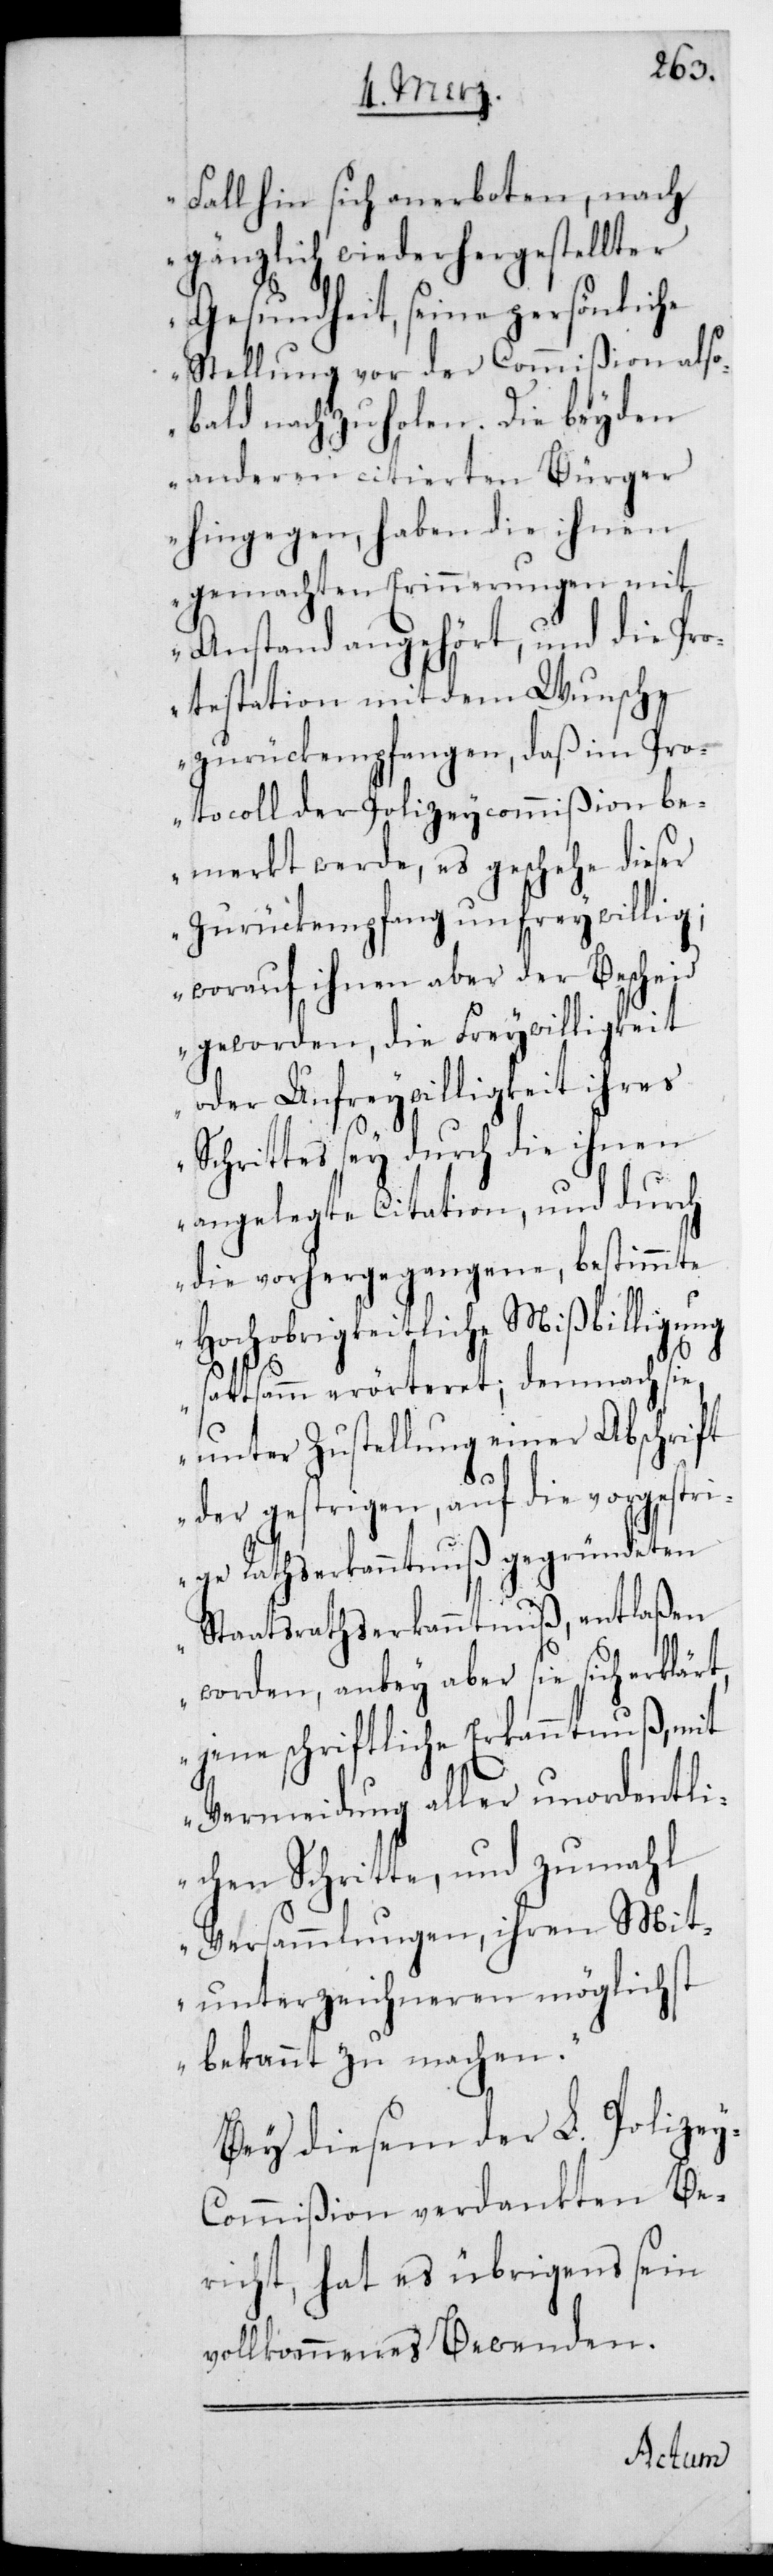
Fall hin sich anerboten, nach
gänzlich wiederhergestellter
Gesundheit, seine persönliche
Stellung vor der Commißion also¬
bald nachzuholen. Die beyden
anderen citierten Bürger
hingegen haben die ihnen
gemachten Erinnerungen mit
Anstand angehört, und die Pro¬
testation mit dem Wunsche
zurückempfangen, daß im Pro¬
tocoll der Polizey-Commißion be¬
merkt werde, es geschehe dieser
Zurückempfang unfreywillig;
worauf ihnen aber der Bescheid
geworden, die Freywilligkeit
oder Unfreywilligkeit ihres
Schrittes sey durch die ihnen
angelegte Citation, und durch
die vorhergegangene, bestimmte
Hochobrigkeitliche Mißbilligung
sattsam erörteret, demnach sie,
unter Zustellung einer Abschrift
der gestrigen, auf die vorgestri¬
ge Rathserkanntnuß gegründeten
Staatsrathserkanntnuß, entlaßen
worden, anbey aber sie sich erklär¬
jene schriftliche Erkanntnuß mit
Vermeidung aller unordentli¬
chen Schritte, und zumahl
Versammlungen, ihren Mit¬
unterzeichneren möglichst
bekannt zu machen“.
Bey diesem der L. Polize¬
y-Commißion verdankten Be¬
richt, hat es übrigens sein
vollkommenes Bewenden.
t,